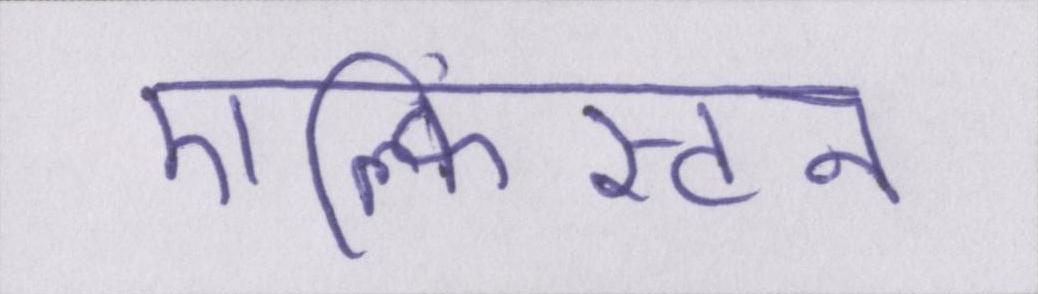
एल्फिंस्टन